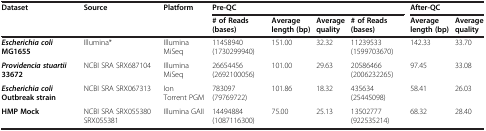
| <ROWSPAN=2> Dataset | <ROWSPAN=2> Source | <ROWSPAN=2> Platform | <COLSPAN=4> Pre-QC | <COLSPAN=2> After-QC |
 | # of Reads (bases) | Average length (bp) | Average quality | # of Reads (bases) | Average length (bp) | Average quality |
 | --- | --- | --- | --- | --- | --- | --- | --- | --- |
 | Escherichia coliMG1655 | Illumina* | Illumina MiSeq | 11458940 (1730299940) | 151.00 | 32.32 | 11239533 (1599703670) | 142.33 | 33.70 |
 | Providencia stuartii33672 | NCBI SRA SRX687104 | Illumina MiSeq | 26654456 (2692100056) | 101.00 | 29.63 | 20586466 (2006232265) | 97.45 | 33.08 |
 | Escherichia coliOutbreak strain | NCBI SRA SRX067313 | Ion Torrent PGM | 783097 (79769722) | 101.86 | 18.32 | 435634 (25445098) | 58.41 | 26.03 |
 | HMP Mock | NCBI SRA SRX055380 SRX055381 | Illumina GAII | 14494884 (1087116300) | 75.00 | 25.13 | 13502777(922535214) | 68.32 | 28.40 |